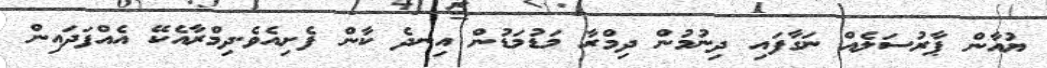
ޔުއާން ޕާރުސަލެއް ނަގާފައި ދިނުމުން ދިމްރާ މަޑުމަޑުން އިނދެ ކާން ފެށިއެވެ.ދިމްރާއެކޭ އެއްފަދައިން